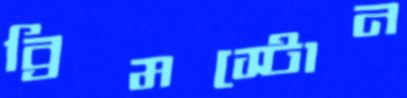
ব্রিমস্টোন